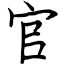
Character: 官